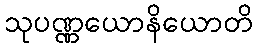
သုပဏ္ဏယောနိယောတိ